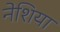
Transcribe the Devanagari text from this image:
नेशिया